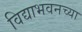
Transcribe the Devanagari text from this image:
विद्याभवनच्या